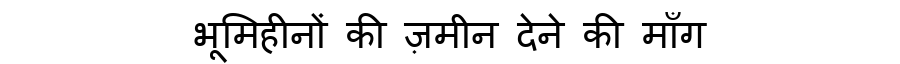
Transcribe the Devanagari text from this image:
भूमिहीनों की ज़मीन देने की माँग